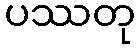
ပဿတု